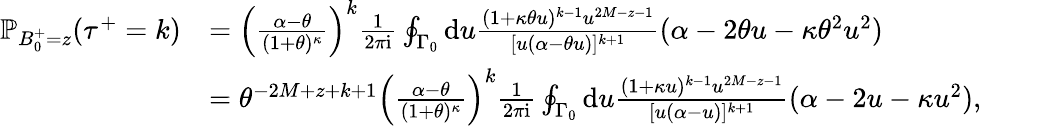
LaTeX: \begin{array}{rl}{\mathbb{P}_{B_{0}^{+}=z}({\tau^{+}}=k)}&{=\textstyle\Bigl(\frac{\alpha-\theta}{(1+\theta)^{\kappa}}\Bigr)^{k}\frac{1}{2\pi\mathrm{i}}\oint_{\Gamma_{0}}\mathrm{d}u\frac{(1+\kappa\theta u)^{k-1}u^{2M-z-1}}{[u(\alpha-\theta u)]^{k+1}}(\alpha-2\theta u-\kappa\theta^{2}u^{2})}\\ &{=\textstyle\theta^{-2M+z+k+1}\Bigl(\frac{\alpha-\theta}{(1+\theta)^{\kappa}}\Bigr)^{k}\frac{1}{2\pi\mathrm{i}}\oint_{\Gamma_{0}}\mathrm{d}u\frac{(1+\kappa u)^{k-1}u^{2M-z-1}}{[u(\alpha-u)]^{k+1}}(\alpha-2u-\kappa u^{2}),\qquad}\end{array}